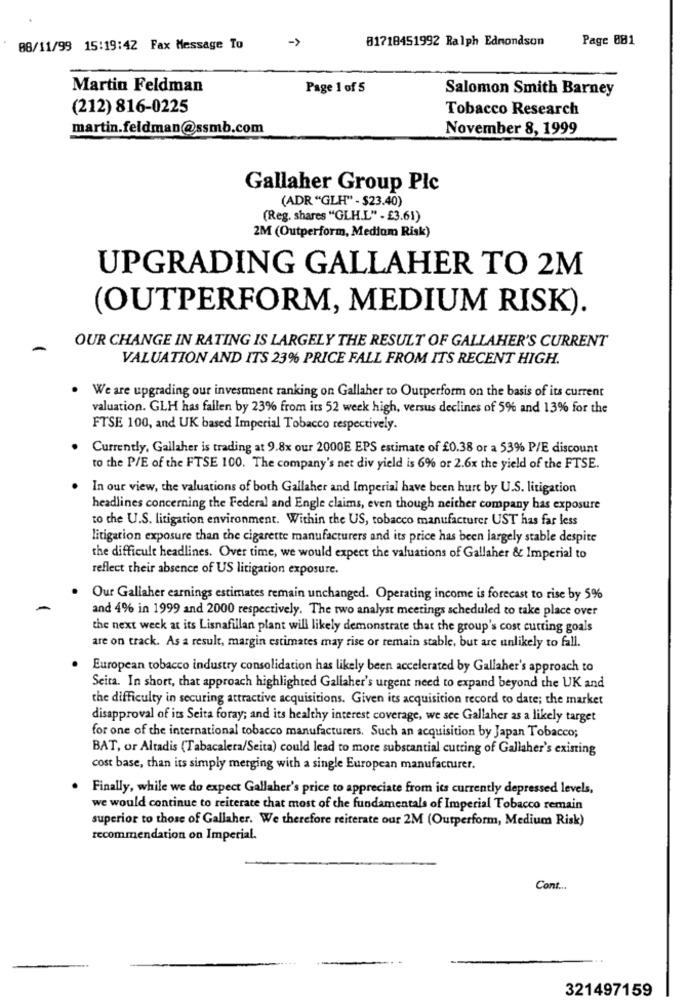
81718451992 Ralph Edmondson
Page 081
08/11/99 15:19:42 Fax Message To
Martin Feldman
Page 1 of 5
Salomon Smith Barney
(212) 816-0225
Tobacco Research
martin.feldman@ssmb.com
November 8, 1999
Gallaher Group Plc
(ADR "GLH" - $23.40)
(Reg. shares "GLH.L" - £3.61)
2M (Outperform, Medium Risk)
UPGRADING GALLAHER TO 2M
(OUTPERFORM, MEDIUM RISK).
OUR CHANGE IN RATING IS LARGELY THE RESULT OF GALLAHER'S CURRENT
VALUATION AND ITS 23% PRICE FALL FROM ITS RECENT HIGH.
We are upgrading our investment ranking on Gallaher to Outperform on the basis of its current
valuation. GLH has fallen by 23% from its 52 week high, versus declines of 5% and 13% for the
FTSE 100, and UK based Imperial Tobacco respectively.
Currently, Gallaher is trading at 9.8x our 2000E EPS estimate of £0.38 or a 53% P/E discount
to the P/E of the FTSE 100. The company's net div yield is 6% or 2.6x the yield of the FTSE.
In our view, the valuations of both Gallaher and Imperial have been hurt by U.S. litigation
headlines concerning the Federal and Engle claims, even though neither company has exposure
to the U.S. litigation environment. Within the US, tobacco manufacturer UST has far less
litigation exposure than the cigarette manufacturers and its price has been largely stable despite
the difficult headlines. Over time, we would expect the valuations of Gallaher & Imperial to
reflect their absence of US litigation exposure.
Our Gallaher earnings estimates remain unchanged. Operating income is forecast to rise by 5%
and 4% in 1999 and 2000 respectively. The two analyst meetings scheduled to take place over
the next week at its Lisnafillan plant will likely demonstrate that the group's cost cutting goals
are on track. As a result, margin estimates may rise or remain stable, but are unlikely to fall.
European tobacco industry consolidation has likely been accelerated by Gallaher's approach to
Seita. In short, that approach highlighted Gallaher's urgent need to expand beyond the UK and
the difficulty in securing attractive acquisitions. Given its acquisition record to date; the market
disapproval of its Seita foray; and its healthy interest coverage, we see Gallaher as a likely target
for one of the international tobacco manufacturers. Such an acquisition by Japan Tobacco;
BAT, or Altadis (Tabacalera/Seita) could lead to more substantial cutting of Gallaher's existing
cost base, than its simply merging with a single European manufacturer.
Finally, while we do expect Gallaher's price to appreciate from its currently depressed levels,
we would continue to reiterate that most of the fundamentals of Imperial Tobacco remain
superior to those of Gallaher. We therefore reiterate our 2M (Outperform, Medium Risk)
recommendation on Imperial.
Cont ...
321497159